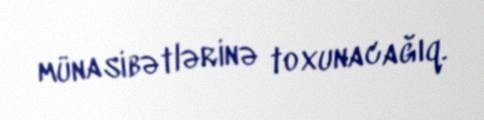
münasibətlərinə toxunacağıq.